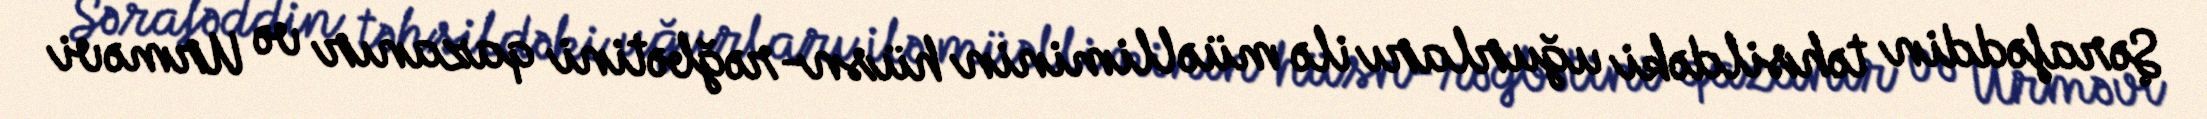
Şərafəddin təhsildəki uğurları ilə müəlliminin hüsn-rəğbətini qazanır və Urməvi